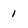
Character: 1